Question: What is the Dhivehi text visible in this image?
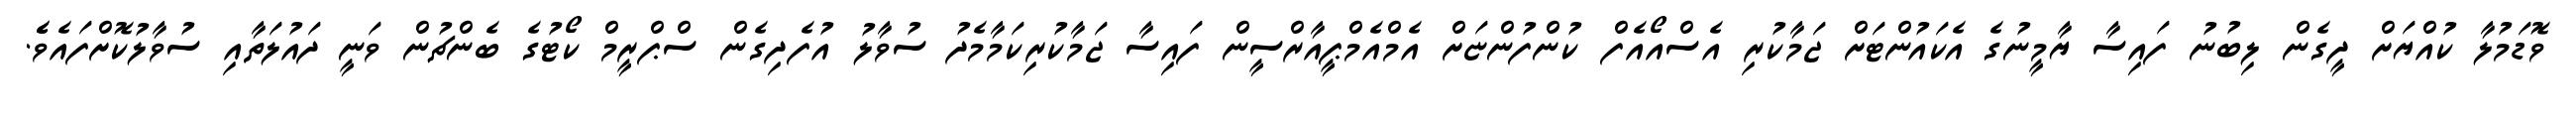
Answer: ވޮޑަމުލާ ކުއްޔަށް ދީގެން ލިބުނު ފައިސާ ޔާމީނުގެ އެކައުންޓަށް ޖަމާކުރި އެސްއޯއެފް ކުންފުންޏަށް އެމްއެމްޕީއާރްސީން ފައިސާ ޖަމާކުރިކަމާމެދު ސުވާލު އުފެދިގެން ސްޕްރީމް ކޯޓުގެ ބެންޗުން ވަނީ ދައުލަތާއި ސުވާލުކޮށްފައެވެެ.